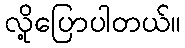
လို့ပြောပါတယ်။